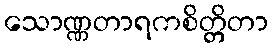
သောဏ္ဏတာရကစိတ္တိတာ